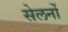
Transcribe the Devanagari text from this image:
सेलर्नो